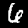
Digit: 6